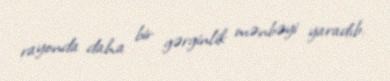
rayonda daha bir gərginlik mənbəyi yaradıb.